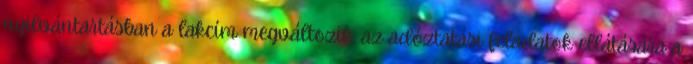
nyilvántartásban a lakcím megváltozik, az adóztatási feladatok ellátására a